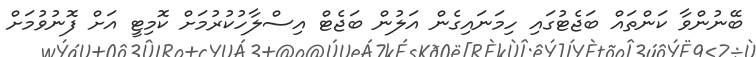
ބޭނުންވާ ކަންތައް ބަޖެޓުގައި ހިމަަނައިގެން އަލުން ބަޖެޓް އިސްލާހުކުރުމަށް ކޮމިޓީ އަށް ފޮނުވުމަށް